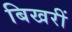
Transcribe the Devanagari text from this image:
बिखरीं